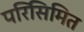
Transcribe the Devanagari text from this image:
परिसिमित